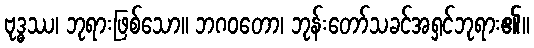
ဗုဒ္ဓဿ၊ ဘုရားဖြစ်သော။ ဘဂဝတော၊ ဘုန်းတော်သခင်အရှင်ဘုရား၏။